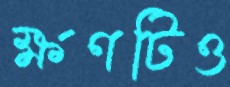
ক্ষণটিও